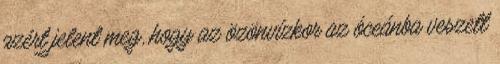
azért jelent meg, hogy az özönvízkor az óceánba veszett